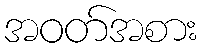
အဝတ်အစား